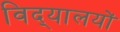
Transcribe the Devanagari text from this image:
विद्‌यालयों